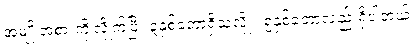
အမျိုးအစားကိုုလိုုက်ပြီး ၃နှစ်ခံတာရှိသလိုု ၊ ၅နှစ်ခံတာလည်းရှိပါတယ်။